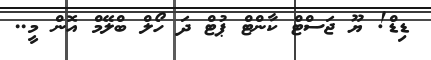
ޑިޑް! ޔޫ ޖަސްޓް ކާންޓް ޕުޓް ދަ ހޯލް ބްލޭމް އޮން މީ..